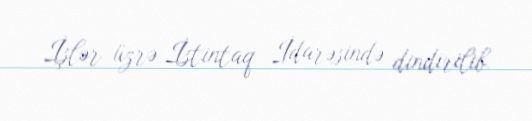
İşlər üzrə İstintaq İdarəsində dindirilib.